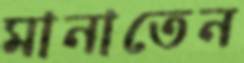
মানাতেন